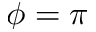
\phi = \pi